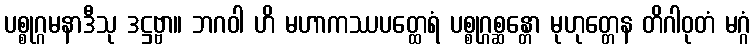
ပစ္စုဂ္ဂမနာဒီသု ဒဋ္ဌဗ္ဗာ။ ဘဂဝါ ဟိ မဟာကဿပတ္ထေရံ ပစ္စုဂ္ဂစ္ဆန္တော မုဟုတ္တေန တိဂါဝုတံ မဂ္ဂံ